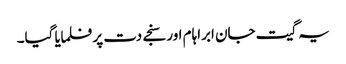
یہ گیت جان ابراہام اور سنجے دت پر فلمایا گیا۔